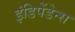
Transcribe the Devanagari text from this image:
इंडिपेंडेन्स